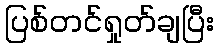
ပြစ်တင်ရှုတ်ချပြီး